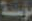
مؤسسة